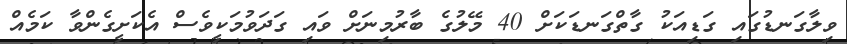
ވިލާގަނޑުގައި ގަޑިއަކު ގާތްގަނޑަކަށް 40 މޭލުގެ ބާރުމިނަށް ވައި ގަދަވުމަކީވެސް އެކަށީގެންވާ ކަމެއް